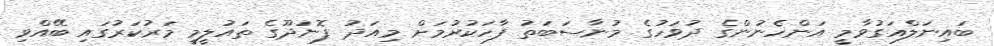
ބައިނަލްއަގުވާމީ އަންހެނުންގެ ދުވަހުގެ މުނާސަބަތު ފާހަކުރުމަށް މިއަދު ފޮނަދޫގެ ތައުލީމީ މަރުކަރުގައި ބޭއްވި